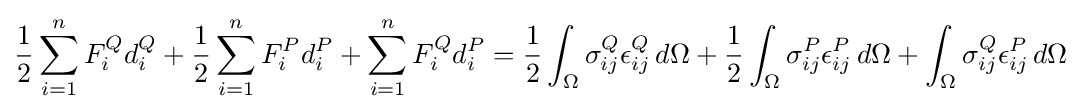
{\frac {1}{2}}\sum _{i=1}^{n}F_{i}^{Q}d_{i}^{Q}+{\frac {1}{2}}\sum _{i=1}^{n}F_{i}^{P}d_{i}^{P}+\sum _{i=1}^{n}F_{i}^{Q}d_{i}^{P}={\frac {1}{2}}\int _{\Omega }\sigma _{ij}^{Q}\epsilon _{ij}^{Q}\,d\Omega +{\frac {1}{2}}\int _{\Omega }\sigma _{ij}^{P}\epsilon _{ij}^{P}\,d\Omega +\int _{\Omega }\sigma _{ij}^{Q}\epsilon _{ij}^{P}\,d\Omega